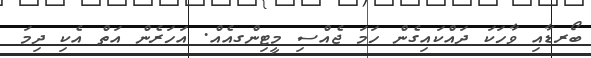
ބޯރޑާއި ވާހަކަ ދައްކައިގެން ހަމަ ޖެއްސި މީޓިންގއެއް. އަހަރެން އަތް އެކި ދިމަ